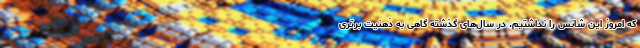
که امروز این شانس را نداشتیم. در سال‌های گذشته گاهی به ذهنیت برتری